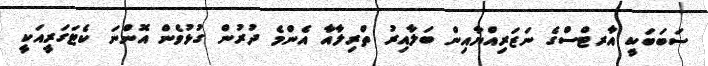
ސަބަބަކީ އާރޓްސްގެ ނަޒަރިއްޔާއިން ބަލާއިރު ތްރިލާއާ އެންމެ ދުރުން ގުޅުވެން އޮންނަ ކެޓަގަރީއަކީ